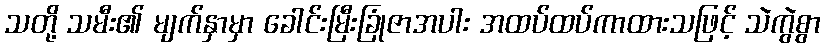
သတို့ သမီး၏ မျက်နှာမှာ ခေါင်းမြီးခြုံဇာအပါး အထပ်ထပ်ကာထားသဖြင့် သဲကွဲစွာ